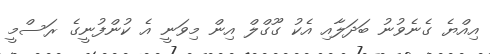
އިއްޔެ ގެނެވުނު ބަދަލާއި އެކު ގޫގްލް އިން މިވަނީ އެ ކުންފުނީގެ ރަސްމީ